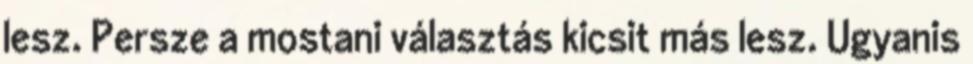
lesz. Persze a mostani választás kicsit más lesz. Ugyanis